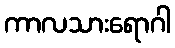
ကာလသားရောဂါ